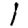
Digit: 1